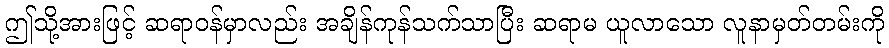
ဤသို့အားဖြင့် ဆရာဝန်မှာလည်း အချိန်ကုန်သက်သာပြီး ဆရာမ ယူလာသော လူနာမှတ်တမ်းကို